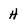
Character: H